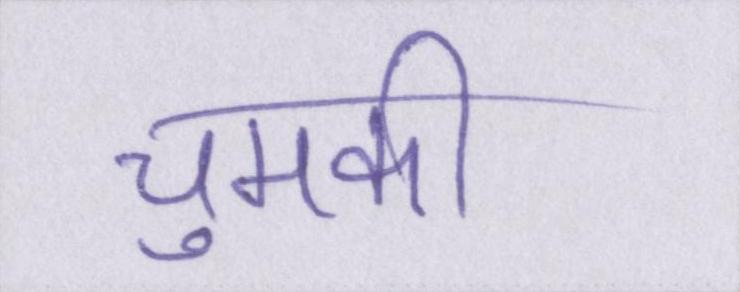
चुमकी